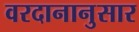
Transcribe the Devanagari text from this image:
वरदानानुसार